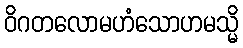
ဝိဂတလောမဟံသောဟမသ္မိ